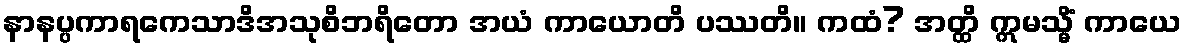
နာနပ္ပကာရကေသာဒိအသုစိဘရိတော အယံ ကာယောတိ ပဿတိ။ ကထံ? အတ္ထိ ဣမသ္မိံ ကာယေ